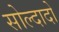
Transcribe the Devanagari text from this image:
सोल्दादो